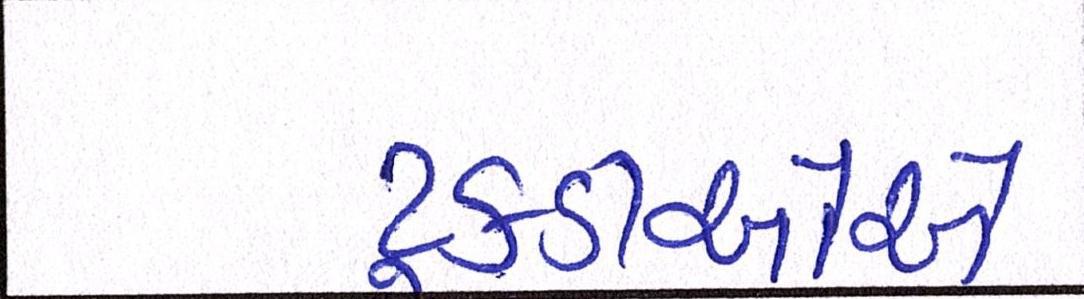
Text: ટૂકડીઓએ